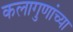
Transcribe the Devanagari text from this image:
कलागुणांच्या